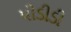
પીડીડી